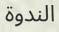
الندوة